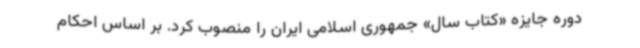
دوره جایزه «کتاب سال» جمهوری اسلامی ایران را منصوب کرد. بر اساس احکام